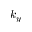
k _ { y }